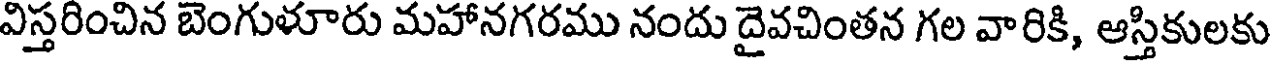
విస్తరించిన బెంగుళూరు మహానగరము నందు దైవచింతన గల వారికి, ఆస్తికులకు